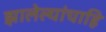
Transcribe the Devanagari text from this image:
झालेल्यांचाहि